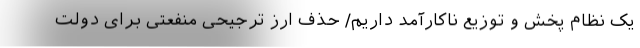
یک نظام پخش و توزیع ناکارآمد داریم/ حذف ارز ترجیحی ‌منفعتی‌ برای دولت